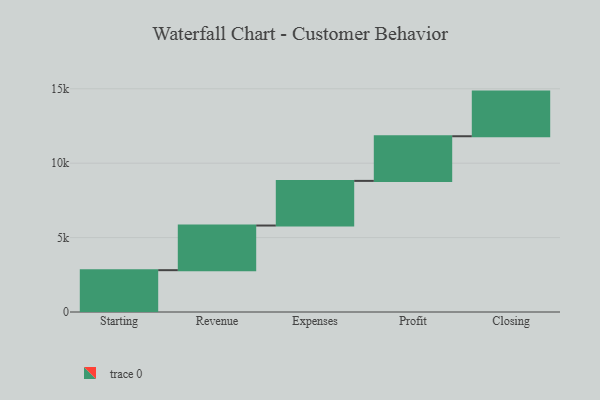
{"axis": {"x": "Step", "y": "Value"}, "legend": [""], "data": [{"x": "Starting", "y": 2811.0, "type": ""}, {"x": "Revenue", "y": 3000, "type": ""}, {"x": "Expenses", "y": 3000, "type": ""}, {"x": "Profit", "y": 3000, "type": ""}, {"x": "Closing", "y": 3000, "type": ""}]}